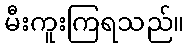
မီးကူးကြရသည်။